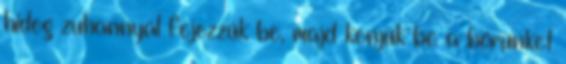
hideg zuhannyal fejezzük be, majd kenjük be a bőrünket